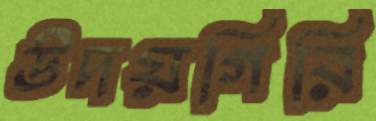
উদয়গিরি